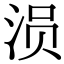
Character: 涢